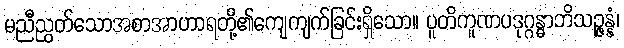
မညီညွတ်သောအစာအာဟာရတို့၏ကျေကျက်ခြင်းရှိသော။ ပူတိကူဏပဒုဂ္ဂန္ဓာဘိသဉ္ဇန္နံ၊